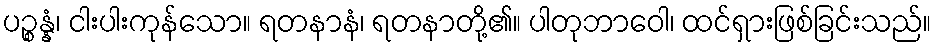
ပဉ္စန္နံ၊ ငါးပါးကုန်သော။ ရတနာနံ၊ ရတနာတို့၏။ ပါတုဘာဝေါ၊ ထင်ရှားဖြစ်ခြင်းသည်။